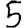
Digit: 5